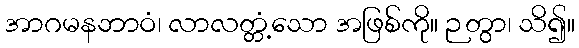
အာဂမနဘာဝံ၊ လာလတ္တံ့သော အဖြစ်ကို။ ဉတွာ၊ သိ၍။